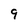
Character: 9